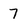
Character: 7